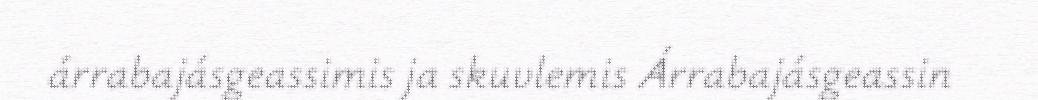
árrabajásgeassimis ja skuvlemis Árrabajásgeassin